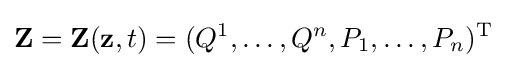
\mathbf {Z} =\mathbf {Z} (\mathbf {z} ,t)=(Q^{1},\ldots ,Q^{n},P_{1},\ldots ,P_{n})^{\mathrm {T} }